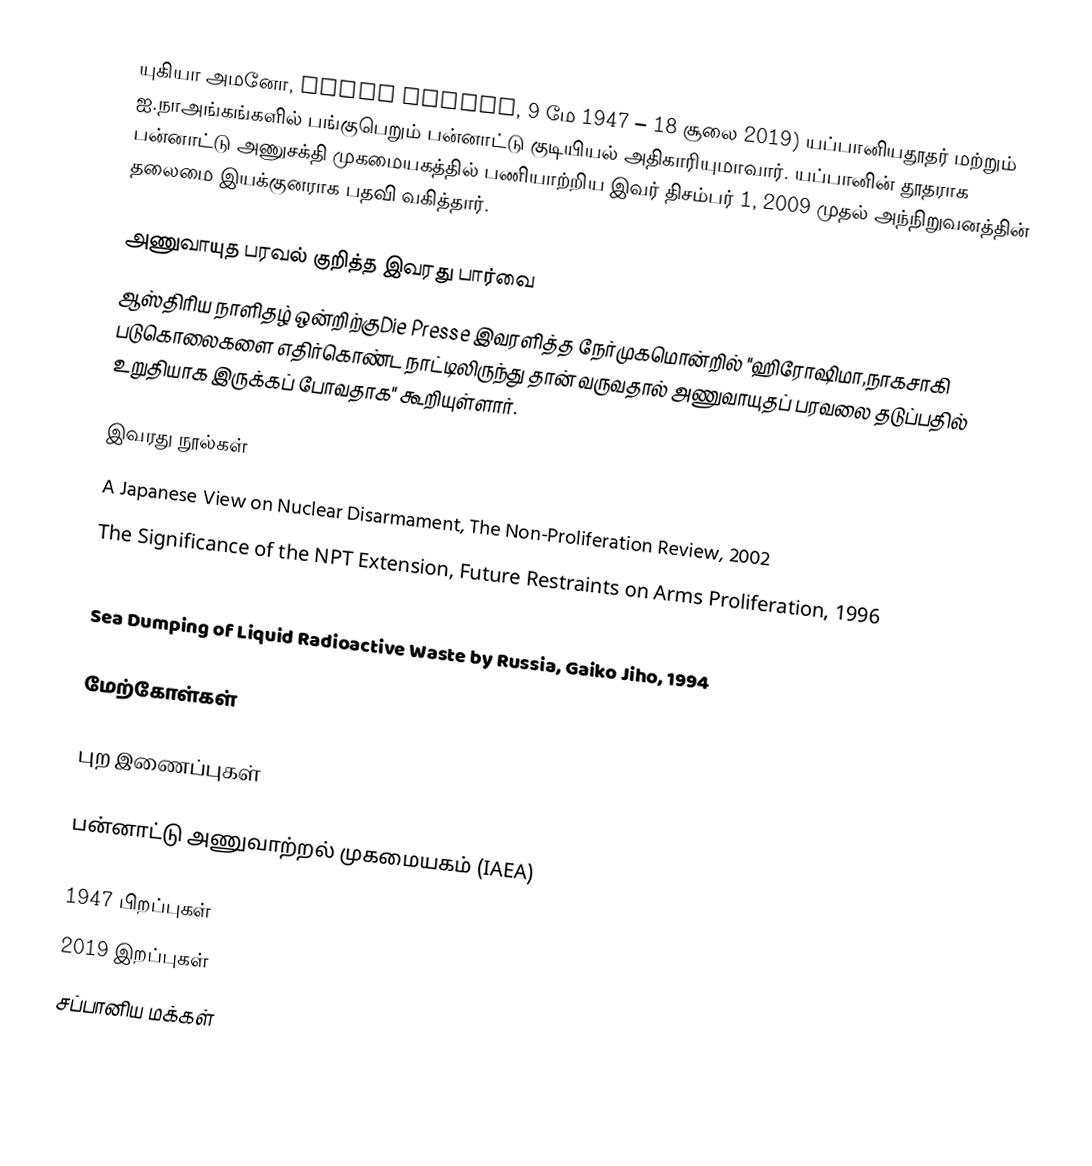
யுகியா அமனோ, Amano Yukiya, 9 மே 1947 – 18 சூலை 2019) யப்பானியதூதர் மற்றும் ஐ.நாஅங்கங்களில் பங்குபெறும்  பன்னாட்டு குடியியல் அதிகாரியுமாவார். யப்பானின் தூதராக பன்னாட்டு அணுசக்தி முகமையகத்தில் பணியாற்றிய இவர் திசம்பர் 1, 2009 முதல் அந்நிறுவனத்தின் தலைமை இயக்குனராக பதவி வகித்தார்.

அணுவாயுத பரவல் குறித்த இவரது பார்வை
ஆஸ்திரிய நாளிதழ் ஒன்றிற்குDie Presse இவரளித்த நேர்முகமொன்றில் "ஹிரோஷிமா,நாகசாகி படுகொலைகளை எதிர்கொண்ட நாட்டிலிருந்து தான் வருவதால் அணுவாயுதப் பரவலை தடுப்பதில் உறுதியாக இருக்கப் போவதாக" கூறியுள்ளார்.

இவரது நூல்கள்
 A Japanese View on Nuclear Disarmament, The Non-Proliferation Review, 2002
 The Significance of the NPT Extension, Future Restraints on Arms Proliferation, 1996
 La Non Proliferation Nucleaire en Extreme-Orient, Proliferation et Non-Proliferation Nucleaire, 1995
 Sea Dumping of Liquid Radioactive Waste by Russia, Gaiko Jiho, 1994

மேற்கோள்கள்

புற இணைப்புகள்

 பன்னாட்டு அணுவாற்றல் முகமையகம் (IAEA)

1947 பிறப்புகள்
2019 இறப்புகள்
சப்பானிய மக்கள்